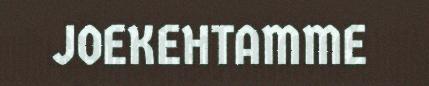
JOEKEHTAMME